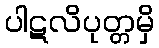
ပါဋလိပုတ္တမှိ